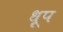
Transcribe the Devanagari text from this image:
ध़ूप